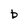
Character: b